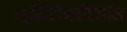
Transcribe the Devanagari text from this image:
लूईवीटॉनडॉटकॉम